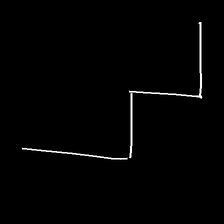
Glyph: crush